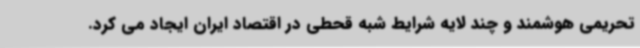
تحریمی هوشمند و چند لایه شرایط شبه قحطی در اقتصاد ایران ایجاد می کرد.